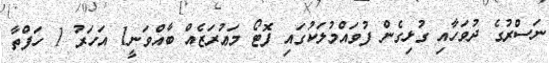
ނަސްރުގެ ދުވަހާއި ގުޅިގެން ފުވައްމުލަކުގައި ފޮޓޯ މަޢުރަޒެއް ބާއްވަނީ1 އަހަރު 1 ހަފްތާ